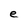
Character: e